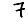
Digit: 7